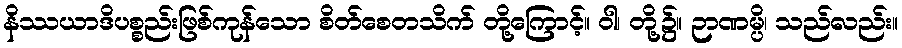
နိဿယာဒိပစ္စည်းဖြစ်ကုန်သော စိတ်စေတသိက် တို့ကြောင့်။ ဝါ၊ တို့၌။ ဉာဏမ္ပိ၊ သည်လည်း။